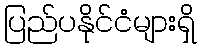
ပြည်ပနိုင်ငံများရှိ